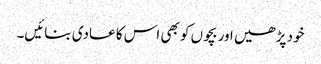
خود پڑھیں اور بچوں کو بھی اس کا عادی بنائیں۔